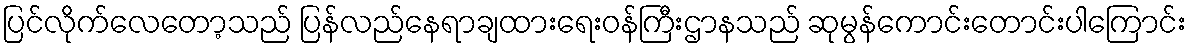
ပြင်လိုက်လေတော့သည် ပြန်လည်နေရာချထားရေးဝန်ကြီးဌာနသည် ဆုမွန်ကောင်းတောင်းပါကြောင်း